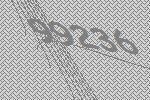
99236